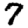
Digit: 7